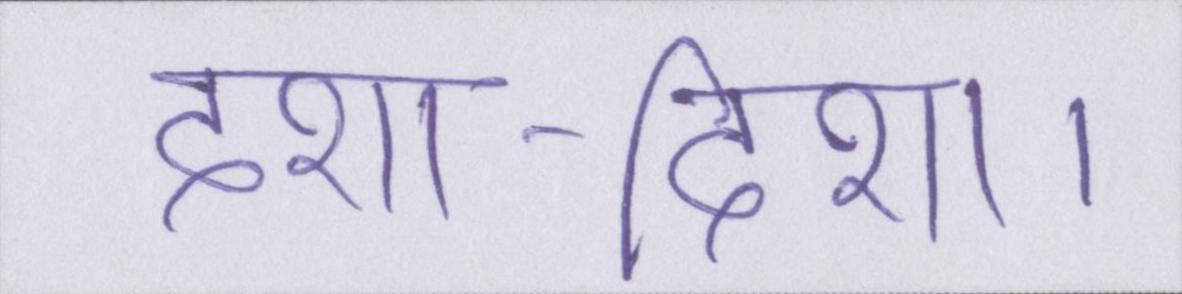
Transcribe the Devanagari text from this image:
दशा-दिशा।